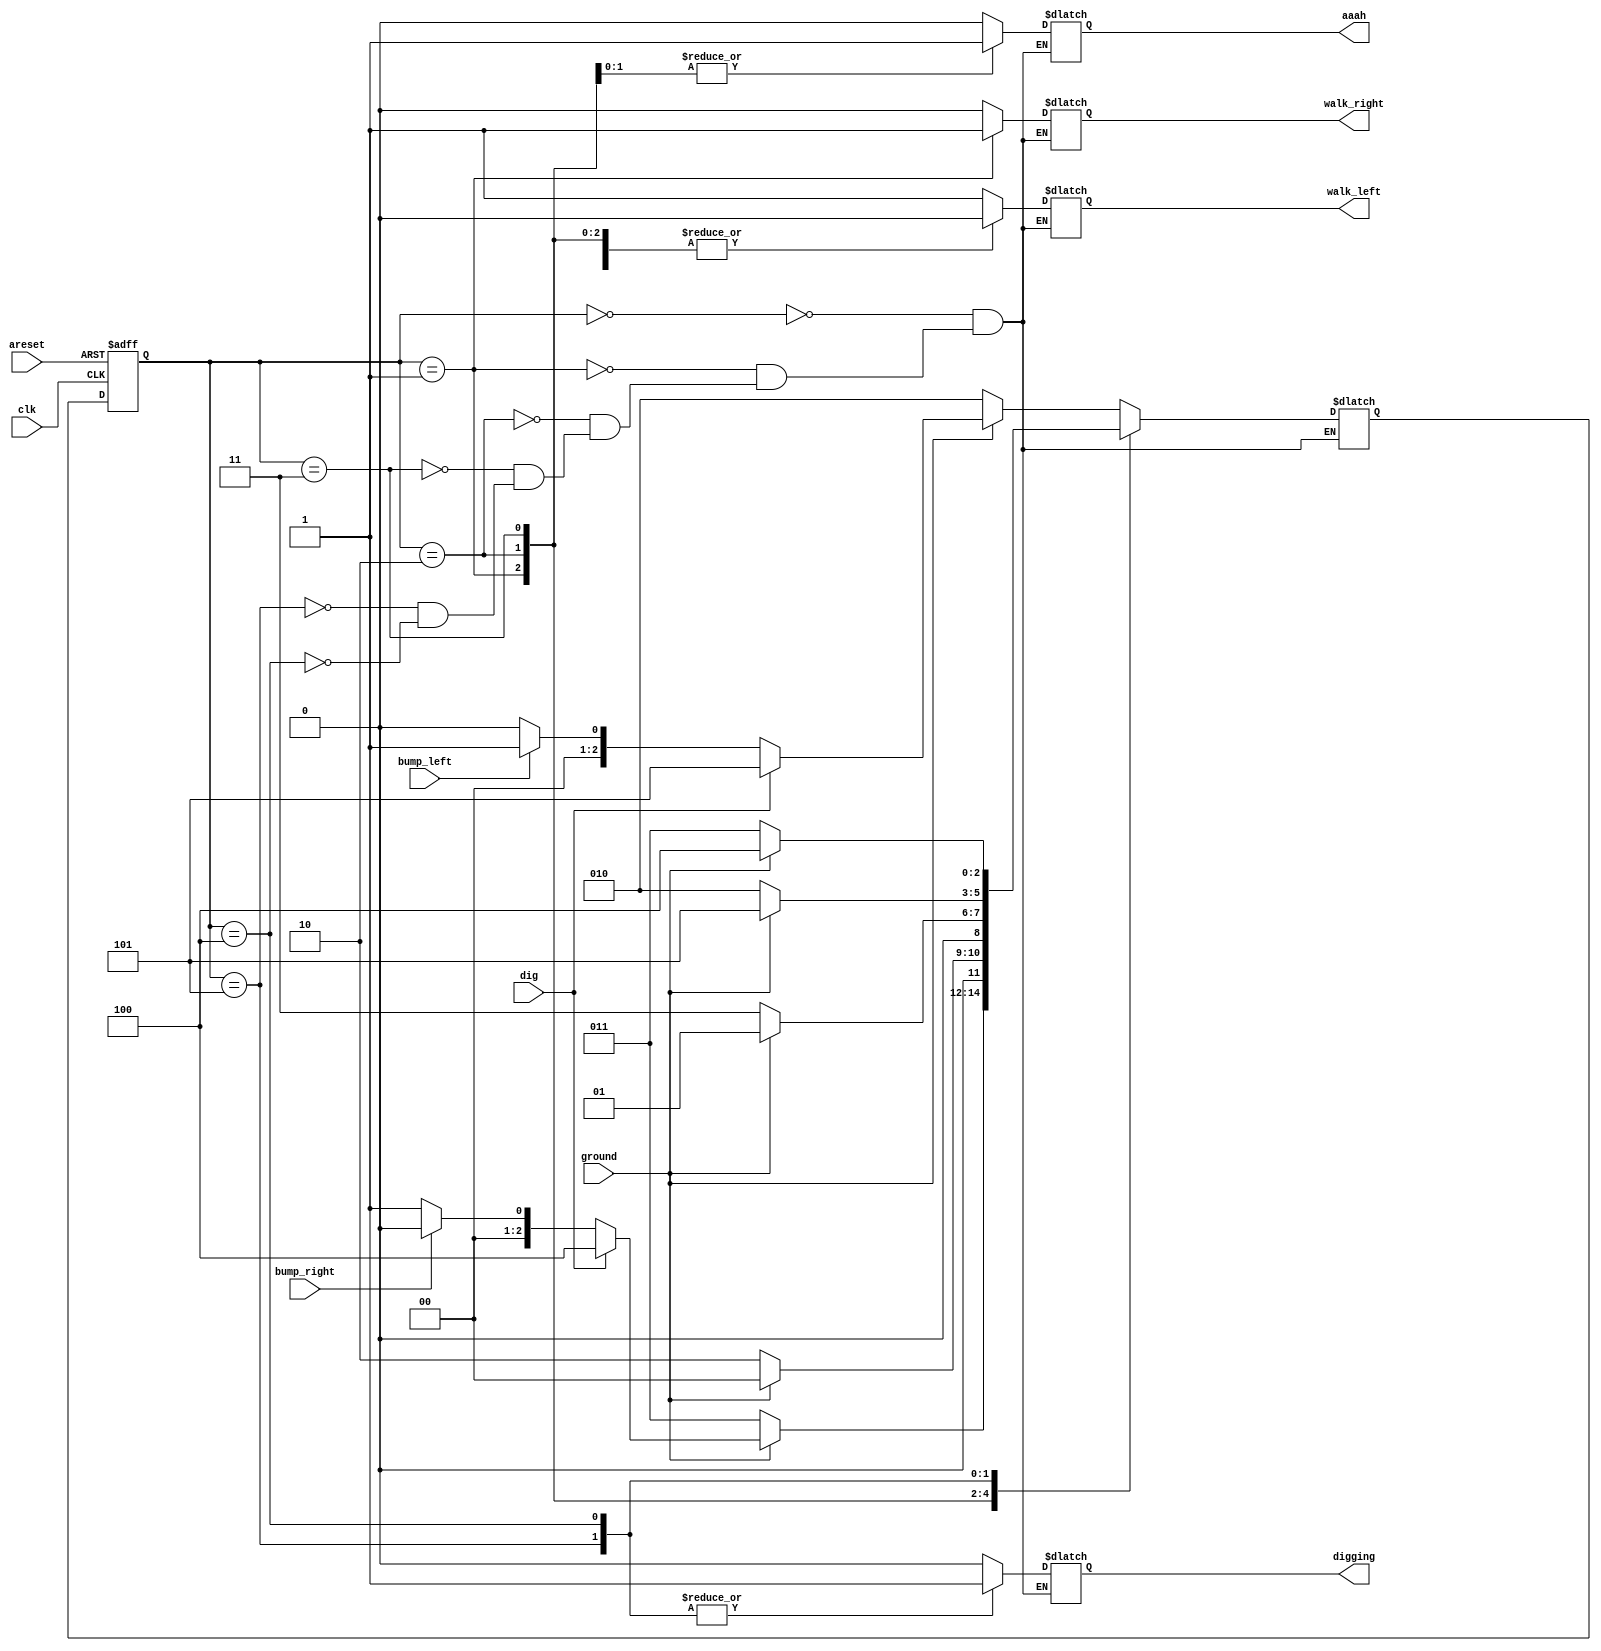
/*
*    ,,(dig=1).
*    (ground=1),(ground=0).
*    ,,(aaah!),.
*    ,,.
*    ,dig.
*    ,dig,dig..
*    .
*/
module top_module(
    input  clk,
    input  areset,    // FallingReshly brainwashed Lemmings walk left.
    input  bump_left,
    input  bump_right,
    input  ground,
    input  dig,
    output reg walk_left,
    output reg walk_right,
    output reg aaah, 
    output reg digging 
);

    reg [2:0]state,next_state;
    parameter WalkingL=0,WalkingR=1,FallingL=2,FallingR=3,DiggingR=4,DiggingL=5;
    always @(*) begin
        case(state)
            WalkingL: 
                if (ground) begin
                    if (dig) begin
                        next_state <= DiggingL;
                    end
                    else if (bump_left) begin
                        next_state <= WalkingR;
                    end
                    else begin
                        next_state <= WalkingL;
                    end
                end 
                else begin
                    next_state <= FallingL;
                end
            WalkingR: 
                if (ground) begin
                    if (dig) begin
                        next_state <= DiggingR;
                    end
                    else if (bump_right) begin
                        next_state <= WalkingL;
                    end
                    else begin
                        next_state <= WalkingR;
                    end
                end 
                else begin  
                    next_state <= FallingR;
                end
            FallingL: 
                if (ground) begin
                    next_state <= WalkingL;
                end
                else begin
                    next_state <= FallingL; 
                end
            FallingR:
                if (ground) begin
                    next_state <= WalkingR;
                end
                else begin
                    next_state <= FallingR;
                end
            DiggingL: 
                if (!ground) begin
                    next_state <= FallingL;
                end
                else begin
                    next_state <= DiggingL;
                end
            DiggingR: 
                if (!ground) begin
                    next_state <= FallingR;
                end
                else begin
                    next_state <= DiggingR;
                end
        endcase
    end

    always @(posedge clk or posedge areset)begin
        if(areset) state <= WalkingL;
        else state <= next_state;
    end

    always @(*) begin
        case(state)
            WalkingL:  {walk_left,walk_right,aaah,digging}=4'b1000;
            WalkingR:  {walk_left,walk_right,aaah,digging}=4'b0100;
            FallingL:  {walk_left,walk_right,aaah,digging}=4'b0010;
            FallingR:  {walk_left,walk_right,aaah,digging}=4'b0010;
            DiggingL:  {walk_left,walk_right,aaah,digging}=4'b0001;
            DiggingR:  {walk_left,walk_right,aaah,digging}=4'b0001;
        endcase
    end 

endmodule